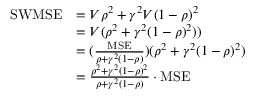
\begin{array} { r l } { \mathrm { S W M S E } } & { = V \rho ^ { 2 } + \gamma ^ { 2 } V ( 1 - \rho ) ^ { 2 } } \\ & { = V ( \rho ^ { 2 } + \gamma ^ { 2 } ( 1 - \rho ) ^ { 2 } ) ) } \\ & { = ( \frac { \mathrm { M S E } } { \rho + \gamma ^ { 2 } ( 1 - \rho ) } ) ( \rho ^ { 2 } + \gamma ^ { 2 } ( 1 - \rho ) ^ { 2 } ) } \\ & { = \frac { \rho ^ { 2 } + \gamma ^ { 2 } ( 1 - \rho ) ^ { 2 } } { \rho + \gamma ^ { 2 } ( 1 - \rho ) } \cdot \mathrm { M S E } } \end{array}